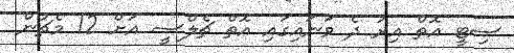
ސިޓީ އޮތް އިރު ދެ ވަނައިގައި އޮތް ޗެލްސީ އަށް 12 މެޗުން